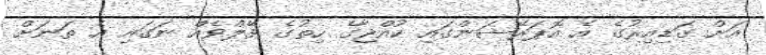
އަށް ގަޑިއިރުގެ އެ އޮޕަރޭޝަންގައި ކުއްޖާގެ ހިތުގެ ވޭލްވެއް ނަގައި އެ ތަނަށް